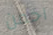
اخمن